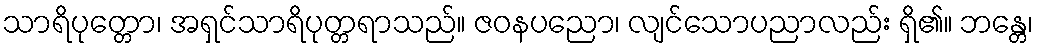
သာရိပုတ္တော၊ အရှင်သာရိပုတ္တရာသည်။ ဇဝနပညော၊ လျင်သောပညာလည်း ရှိ၏။ ဘန္တေ၊